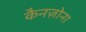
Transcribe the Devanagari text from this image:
कैनज़ोना